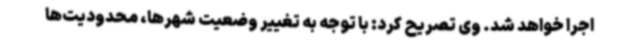
اجرا خواهد شد. وی تصریح کرد: با توجه به تغییر وضعیت شهرها، محدودیت‌ها